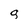
Character: g